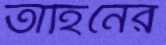
তাহিনের